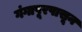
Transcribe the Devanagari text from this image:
गंगापूरपासून